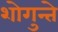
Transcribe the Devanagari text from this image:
शोगुन्ते